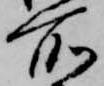
所